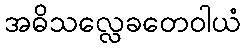
အဓိသလ္လေခတေဝါယံ